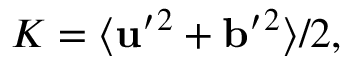
K = \langle { { \bf { u } } ^ { \prime } { } ^ { 2 } + { \bf { b } } ^ { \prime } { } ^ { 2 } } \rangle / 2 ,